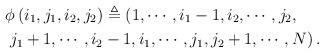
LaTeX: \begin{align*} &\phi\left(i_1,j_1,i_2,j_2\right)\triangleq \left(1,\cdots,i_1-1,i_2,\cdots,j_2,\right.\\ &\left. j_1+1,\cdots,i_2-1,i_1,\cdots,j_1,j_2+1,\cdots,N\right). \end{align*}